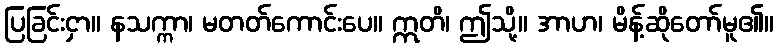
ပြခြင်းငှာ။ နသက္ကာ၊ မတတ်ကောင်းပေ။ ဣတိ၊ ဤသို့။ အာဟ၊ မိန့်ဆိုတော်မူ၏။